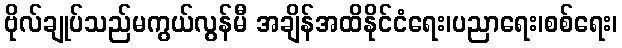
ဗိုလ်ချုပ်သည်မကွယ်လွန်မီ အချိန်အထိနိုင်ငံရေး၊ပညာရေး၊စစ်ရေး၊